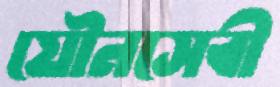
যৌনসেবী